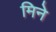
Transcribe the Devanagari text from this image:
मिने